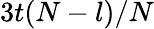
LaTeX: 3t(N-l)/N